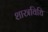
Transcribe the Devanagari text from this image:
शास्त्रविधि